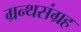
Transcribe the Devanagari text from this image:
ग्रन्थसंग्रह